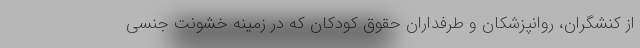
از کنشگران، روانپزشکان و طرفداران حقوق کودکان که در زمینه خشونت جنسی